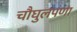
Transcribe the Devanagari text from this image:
चौघुलपणा